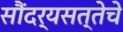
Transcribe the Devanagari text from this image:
सौंदर्यसत्तेचे